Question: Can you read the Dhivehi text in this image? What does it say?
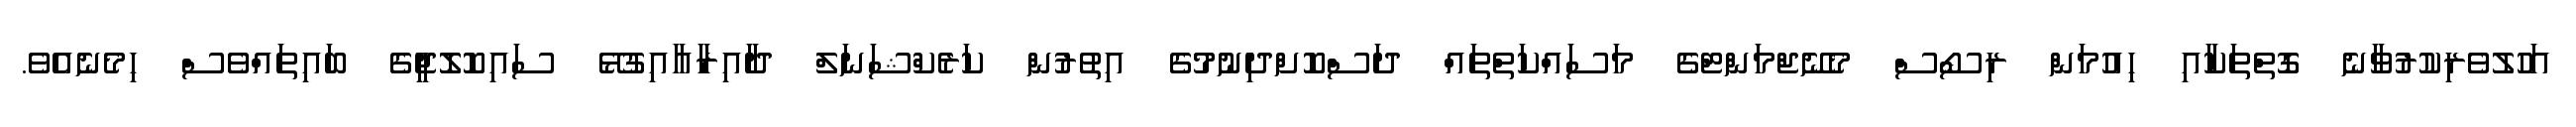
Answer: އަހުލުވެރިކުރުވާނެ ގޮތްތަކާއި ހިއުމަން ރިސޯސް މެނޭޖްމަންޓްގެ މަސައްކަތްތައް ދަސްކޮށްދިނުމުގެ އިތުރުން ކަރެކްޝަނަލް ދާއިރާއާއިގުޅޭ ސައިކޮލޮޖީގެ ބައިތައްވެސް ހިމެނެއެވެ.